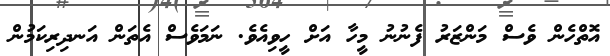
އޮތްހެން ވެސް މަންޒަރު ފެނުނު މީހާ އަށް ހީވިއެވެ. ނަމަވެސް އެތަން އަނދިރިކަމުން